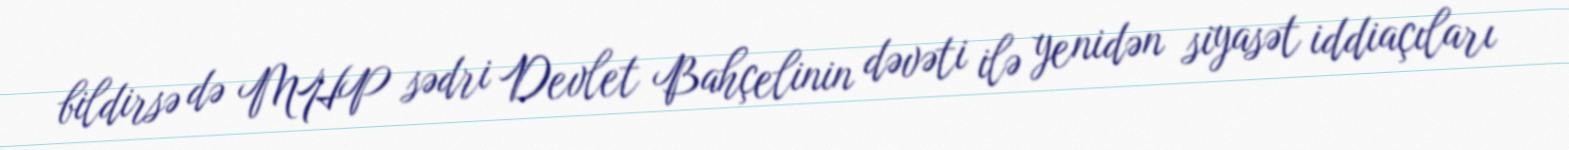
bildirsə də MHP sədri Devlet Bahçelinin dəvəti ilə yenidən siyasət iddiaçıları